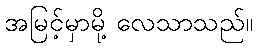
အမြင့်မှာမို့ လေသာသည်။